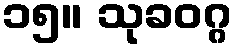
၁၅။ သုခဝဂ္ဂ